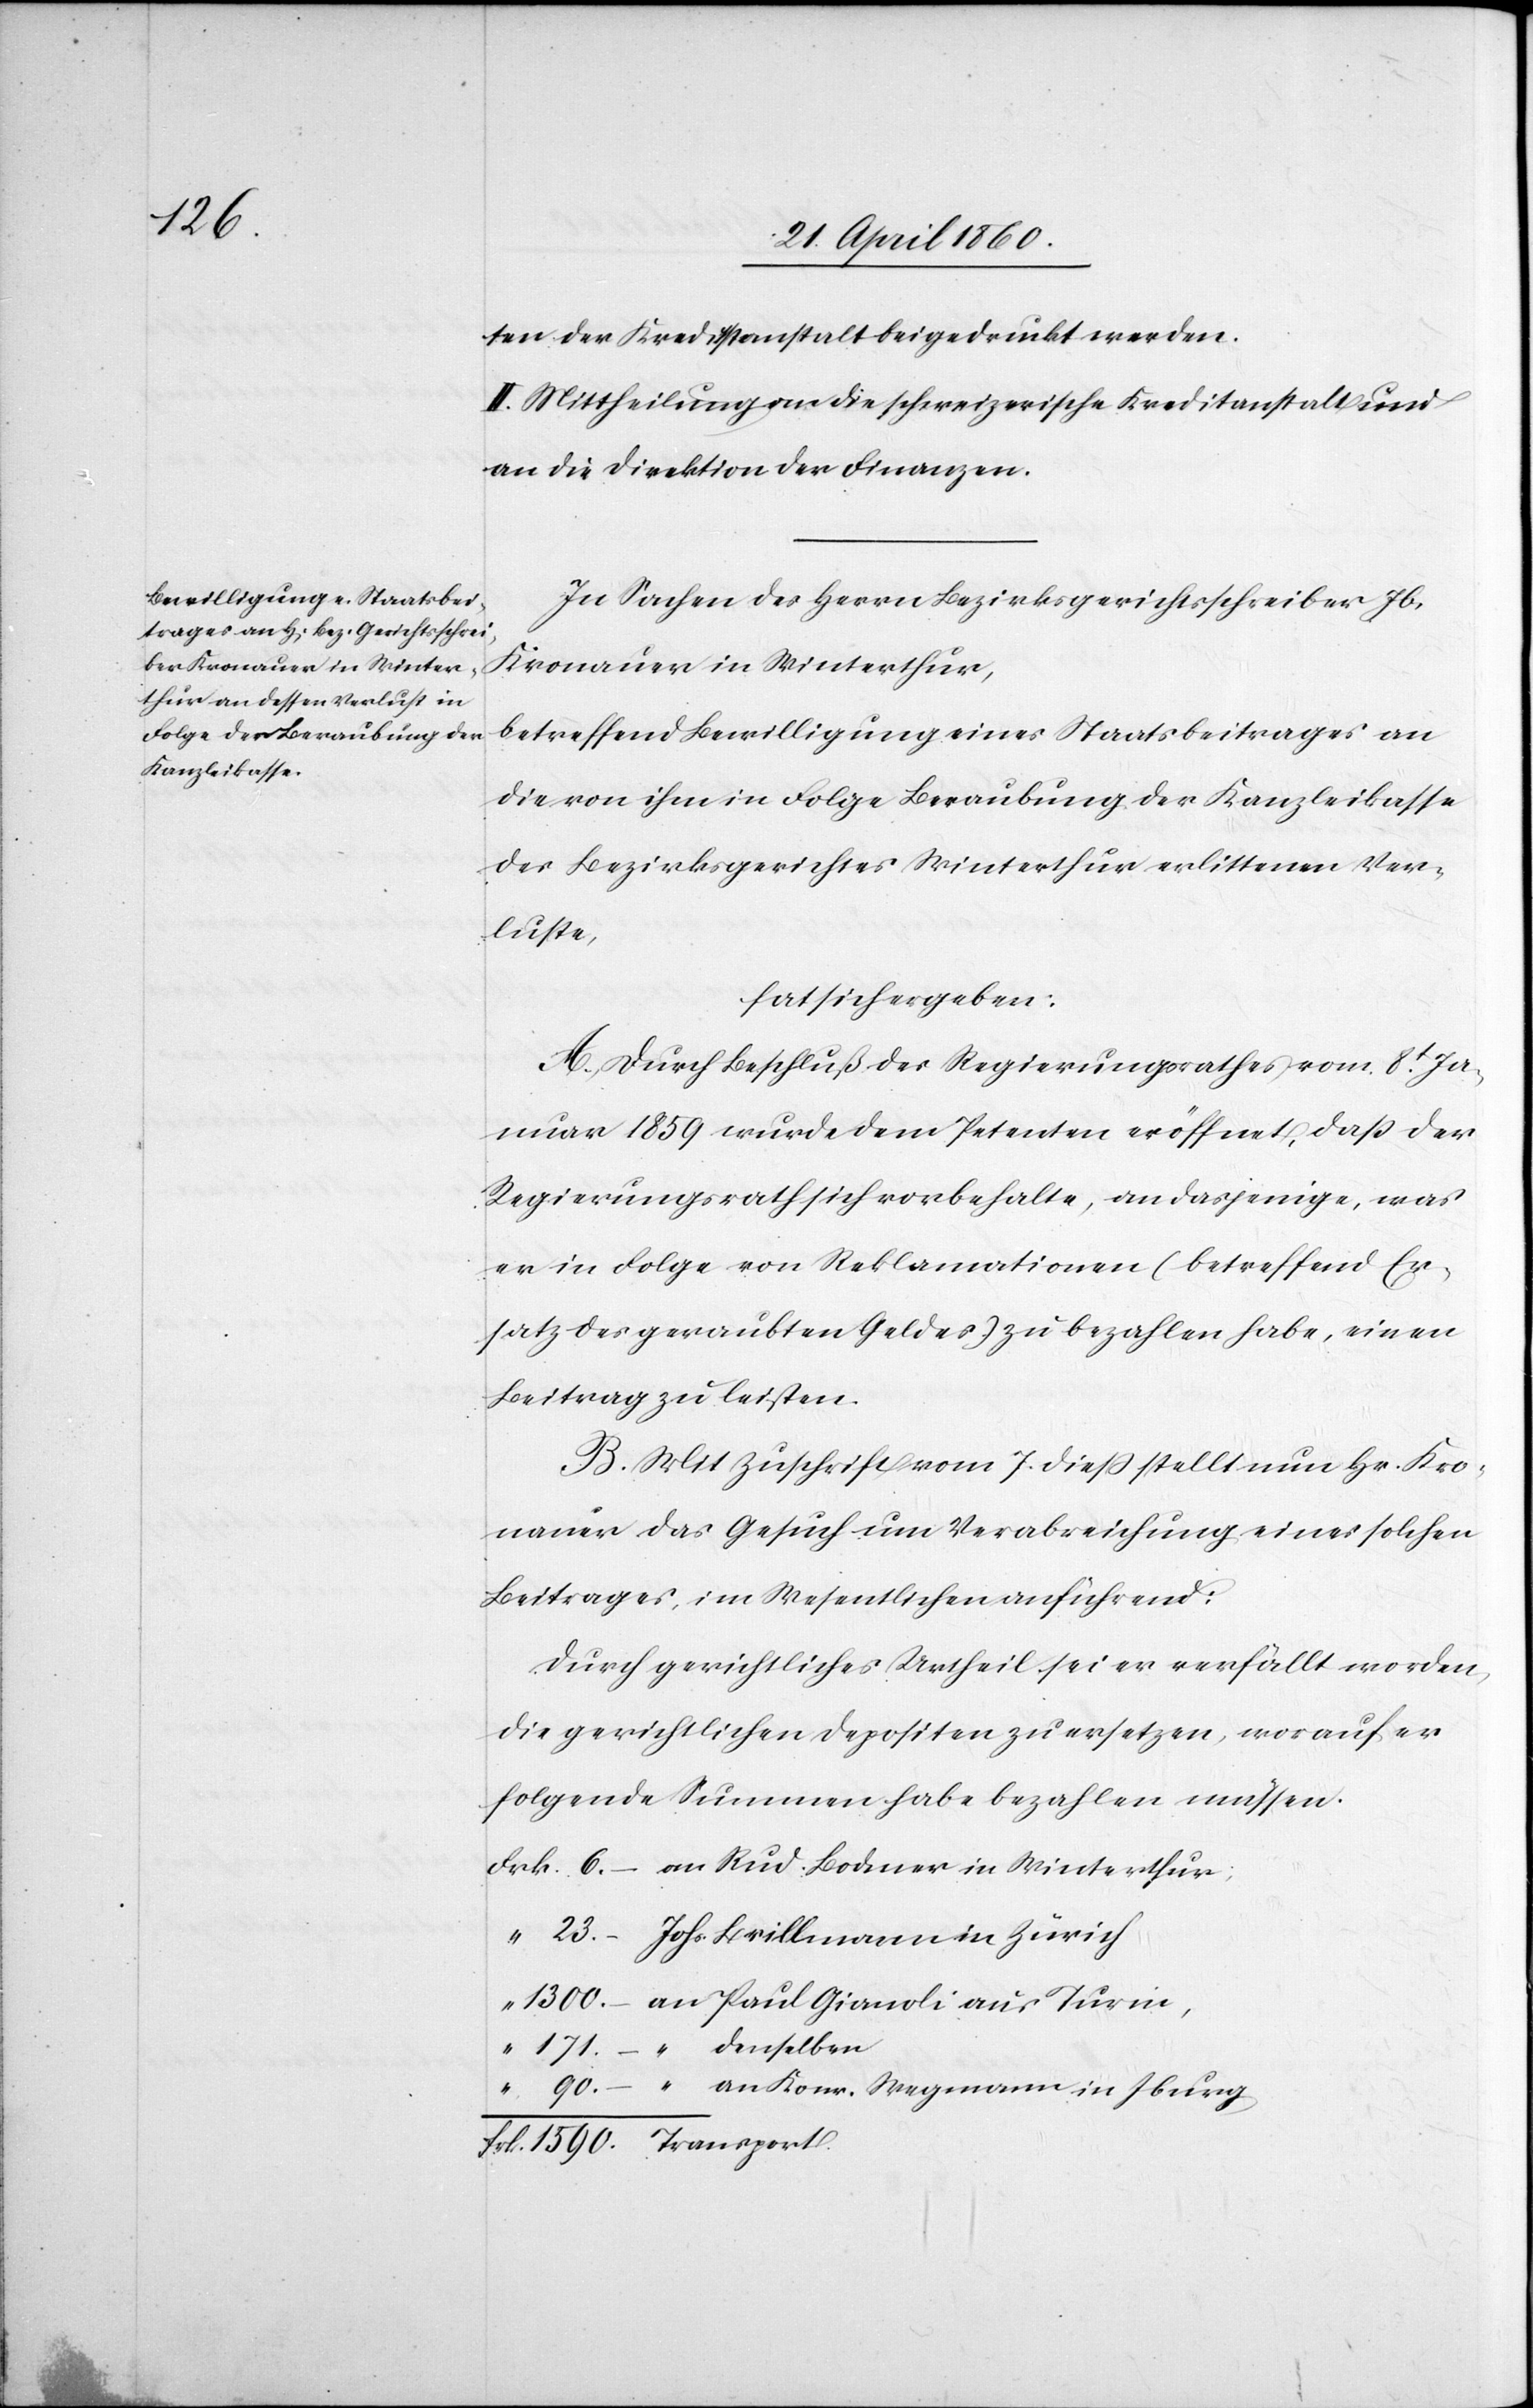
171.

ten der Kredittanstalt beigedruckt werden.
Mittheilung an die schweizerische Kreditanstalt und
an die Direktion der Finanzen.
In Sachen des Herrn Bezirksgerichtsschreiber Jb.
Bodmer in Winterthur.
betreffend Bewilligung eines Staatsbeitrages an
die von ihm in Folge Beraubung der Kanzleikasse
des Bezirksgerichtes Winterthur erlittenen Ver¬
luste,
hat sich ergeben:
A. Durch Beschluß des Regierungsrathes vom 8t Ja¬
nuar 1859 wurde dem Petenten eröffnet, dass der
Regierungsrath sich vorbehalte, an dasjenige, was
er in Folge von Reklamationen (betreffend Er¬
satz des geraubten Geldes) zu bezahlen habe, einen
Beitrag zu leisten.
B. Mit Zuschrift vom 7. diess stellt nun Hr. Kro¬
nauer das Gesuch um Verabreichung eines solchen
Beitrages, im Wesentlichen anführend:
Durch gerichtliches Urtheil sei er verfällt worden,
die gerichtlichen Depositen zu ersetzen, worauf er
folgende Summen habe bezahlen müssen.
Johs. Brillmann in Zürich